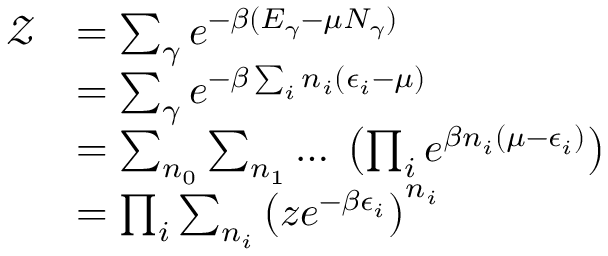
\begin{array} { r l } { \mathcal { Z } } & { = \sum _ { \gamma } e ^ { - \beta ( E _ { \gamma } - \mu N _ { \gamma } ) } } \\ & { = \sum _ { \gamma } e ^ { - \beta \sum _ { i } n _ { i } ( \epsilon _ { i } - \mu ) } } \\ & { = \sum _ { n _ { 0 } } \sum _ { n _ { 1 } } \ldots \; \left( \prod _ { i } e ^ { \beta n _ { i } ( \mu - \epsilon _ { i } ) } \right) } \\ & { = \prod _ { i } \sum _ { n _ { i } } \left( z e ^ { - \beta \epsilon _ { i } } \right) ^ { n _ { i } } } \end{array}